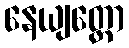
နေယျတ္ထော